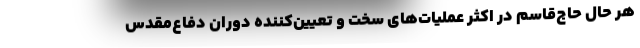
هر حال حاج‌قاسم در اکثر عملیات‌های سخت و تعیین‌کننده دوران دفاع‌مقدس